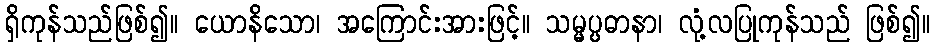
ရှိကုန်သည်ဖြစ်၍။ ယောနိသော၊ အကြောင်းအားဖြင့်။ သမ္မပ္ပဓာနာ၊ လုံ့လပြုကုန်သည် ဖြစ်၍။